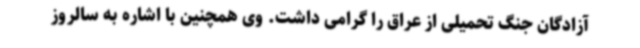
آزادگان جنگ تحمیلی از عراق را گرامی داشت. وی همچنین با اشاره به سالروز